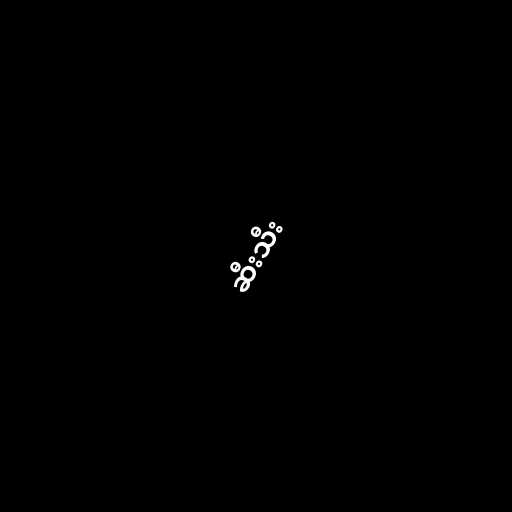
ဆီးသီး